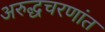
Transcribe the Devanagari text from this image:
अरुद्धचरणांत